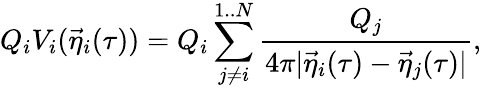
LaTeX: Q_{i}V_{i}({\vec{\eta}}_{i}(\tau))=Q_{i}\sum_{j\not=i}^{1..N}{\frac{{Q_{j}}}{{4\pi|{\vec{\eta}}_{i}(\tau)-{\vec{\eta}}_{j}(\tau)|}}},